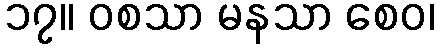
၁၇။ ဝစသာ မနသာ စေဝ၊